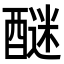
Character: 醚